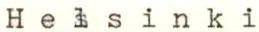
Helsinki